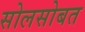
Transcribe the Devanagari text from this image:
सोलसोबत